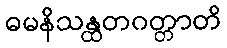
ဓမနိသန္ထတဂတ္တာတိ